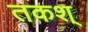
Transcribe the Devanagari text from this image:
तकश्